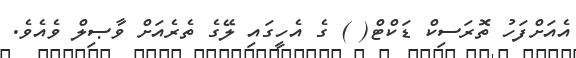
އެއަށްފަހު ތޮރަސިކް ޑަކްޓް( ) ގެ އެހީގައި ލޭގެ ތެރެއަށް ވާޞިލް ވެއެވެ.